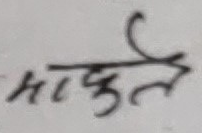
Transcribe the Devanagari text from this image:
माकुल